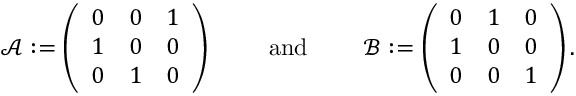
\begin{array} { r } { \mathcal { A } : = \left( \begin{array} { l l l } { 0 } & { 0 } & { 1 } \\ { 1 } & { 0 } & { 0 } \\ { 0 } & { 1 } & { 0 } \end{array} \right) \qquad \mathrm { ~ a n d ~ } \qquad \mathcal { B } : = \left( \begin{array} { l l l } { 0 } & { 1 } & { 0 } \\ { 1 } & { 0 } & { 0 } \\ { 0 } & { 0 } & { 1 } \end{array} \right) . } \end{array}